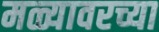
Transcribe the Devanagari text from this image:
मळ्यावरच्या